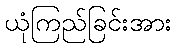
ယုံကြည်ခြင်းအား